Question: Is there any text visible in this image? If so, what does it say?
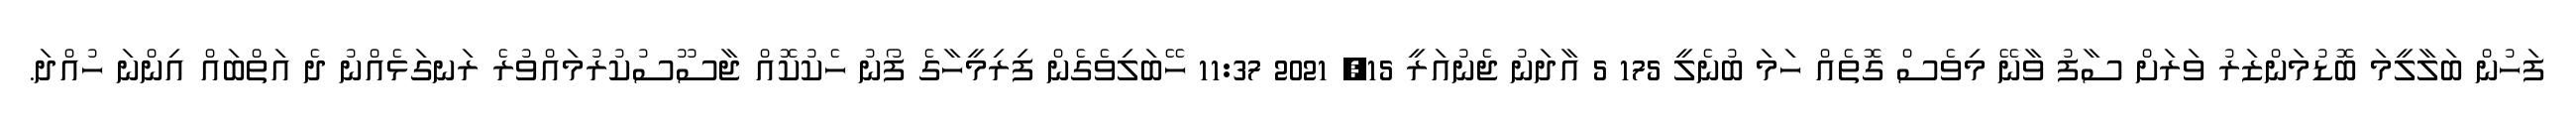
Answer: ފަހުން ބަލާލީމަ ބޮޑުމަންޒަރު ވަރަށް ސާފު ވާނޭ މިވެސް ގޮތެއް ހަމަ ބުނެލީ 175 5 އާދަނު ޖެނުއަރީ 15, 2021 11:37 ހޭބަލިވެގެން ފިރިމީހާގެ ފޯނު ހެކުކޮއް ޖާސޫސުކުރުމައްވުރެ ރަނގަޅެއްނު ދެ އަތްބައް އިންނަ ހުއްދަ.